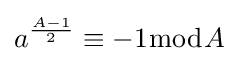
a^{\frac {A-1}{2}}\equiv -1{\bmod {A}}